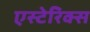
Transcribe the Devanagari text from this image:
एस्टेरिक्स